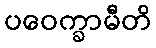
ပဝေက္ခာမီတိ